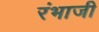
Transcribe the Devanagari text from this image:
रंभाजी